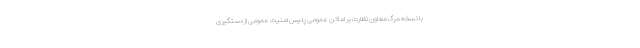
با نسخه‌ مرگ معاون نظارت بر اماکن عمومی پلیس امنیت عمومی از دستگیری